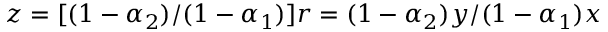
z = [ ( 1 - \alpha _ { 2 } ) / ( 1 - \alpha _ { 1 } ) ] r = ( 1 - \alpha _ { 2 } ) y / ( 1 - \alpha _ { 1 } ) x